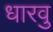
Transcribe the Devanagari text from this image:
धारवु